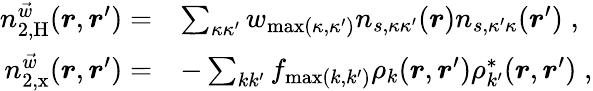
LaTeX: \begin{array}{rl}{n_{2,\mathrm{H}}^{\vec{w}}(\boldsymbol{r},\boldsymbol{r}^{\prime})=}&{\sum_{\kappa\kappa^{\prime}}w_{\operatorname*{max}(\kappa,\kappa^{\prime})}n_{s,\kappa\kappa^{\prime}}(\boldsymbol{r})n_{s,\kappa^{\prime}\kappa}(\boldsymbol{r}^{\prime})\; ,}\\ {n_{2,\mathrm{x}}^{\vec{w}}(\boldsymbol{r},\boldsymbol{r}^{\prime})=}&{-\sum_{kk^{\prime}}f_{\operatorname*{max}(k,k^{\prime})}\rho_{k}(\boldsymbol{r},\boldsymbol{r}^{\prime})\rho_{k^{\prime}}^{*}(\boldsymbol{r},\boldsymbol{r}^{\prime})\; ,}\end{array}